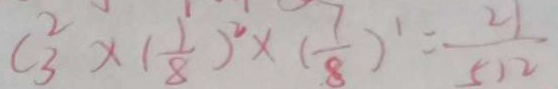
C _ { 3 } ^ { 2 } \times ( \frac { 1 } { 8 } ) ^ { 2 } \times ( \frac { 7 } { 8 } ) ^ { 1 } = \frac { 2 1 } { 5 1 2 }